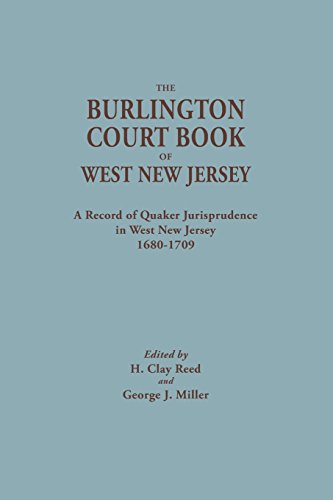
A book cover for The Burlington Court Book of West New Jersey, 1680-1709. American Legal Records, Volume 5: The Burlington Court Book, A Record of Quaker Jurisprudence ... Records / Edited for the American Historical); Law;